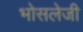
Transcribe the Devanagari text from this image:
भोसलेजी